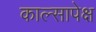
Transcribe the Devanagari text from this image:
काल्सापेक्ष